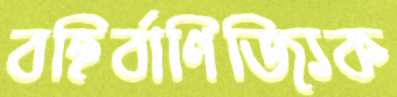
বহির্বাণিজ্যিক